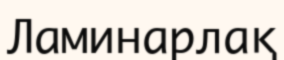
Ламинарлақ